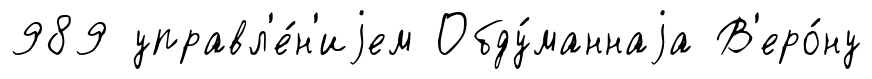
989 управл'е́н'иjем Обду́маннаjа В'еро́ну